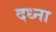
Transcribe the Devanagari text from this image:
दध्ना